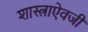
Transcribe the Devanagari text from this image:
शास्त्राऐवजी